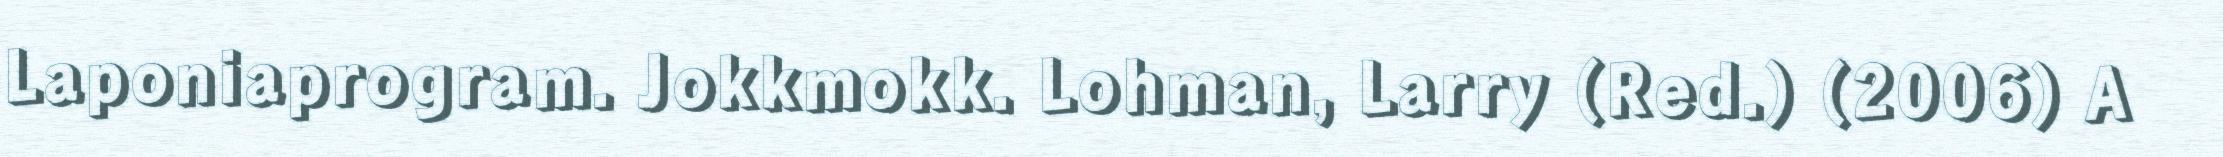
Laponiaprogram. Jokkmokk. Lohman, Larry (Red.) (2006) A